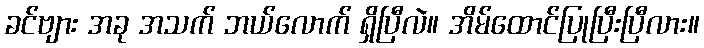
ခင်ဗျား အခု အသက် ဘယ်လောက် ရှိပြီလဲ။ အိမ်ထောင်ပြုပြီးပြီလား။